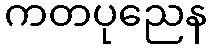
ကတပုညေန